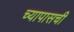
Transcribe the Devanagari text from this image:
च्यापासची